Annual report on the Civil Veterinary Department, Burma (including the Insein Veterinary School) - 1923-1931
Year: 1923
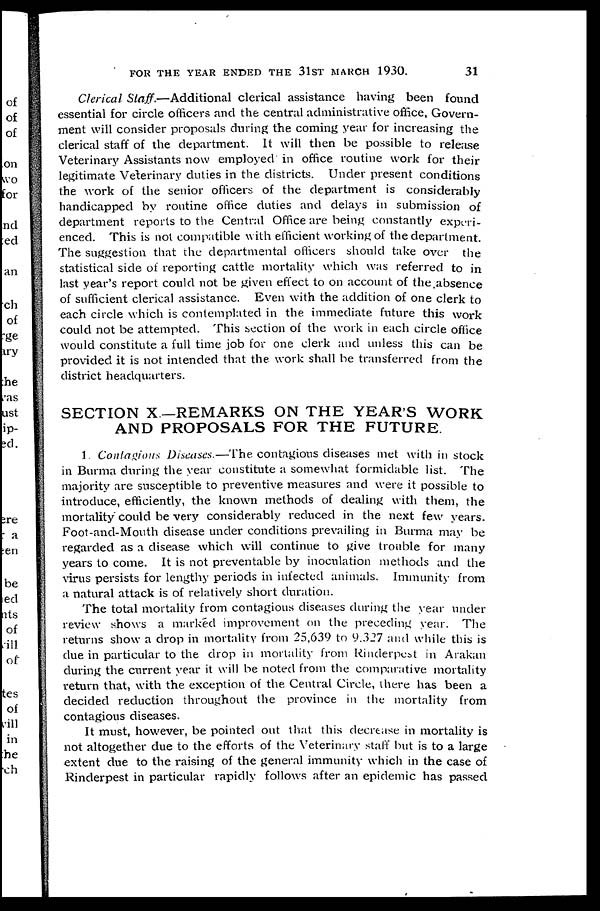
FOR THE YEAR ENDED THE 31ST MARCH 1930.
31
Clerical Staff.—Additional
clerical assistance having been found
essential for circle officers and the central administrative office, Govern-
ment will consider proposals during the coming year for increasing the
clerical staff of the department. It will then be possible to release
Veterinary Assistants now employed in office routine work for their
legitimate Veterinary duties in the. districts. Under present conditions
the work of the senior officers of the department is considerably
handicapped by routine office duties and delays in submission of
department reports to the Central Office are being constantly experi-
enced. This is not compatible with efficient working of the department.
The suggestion that the departmental officers should take over the
statistical side of reporting cattle mortality which was referred to in
last year's report could not be given effect to on account of the absence
of sufficient clerical assistance. Even with the addition of one clerk to
each circle which is contemplated in the immediate future this work
could not be attempted. This section of the work in each circle office
would constitute a full time job for one clerk and unless this can be
provided it is not intended that the work shall be transferred from the
district headquarters.
SECTION X —REMARKS ON THE YEAR'S WORK
AND PROPOSALS FOR THE FUTURE.
1. Contagious Diseases.—The contagious diseases met with in stock
in Burma during the year constitute a somewhat formidable list. The
majority are susceptible to preventive measures and were it possible to
introduce, efficiently, the known methods of dealing with them, the
mortality could be very considerably reduced in the next few years.
Foot-and-Mouth disease under conditions prevailing in Burma may be
regarded as a disease which will continue to give trouble for many
years to come. It is not preventable by inoculation methods and the
virus persists for lengthy periods in infected animals. Immunity from
a natural attack is of relatively short duration.
The total mortality from contagious diseases during the year under
review shows a marked improvement on the preceding year. The
returns show a drop in mortality from 25,639 to 9.327 and while this is
due in particular to the drop in mortality from Rinderpest in Arakan
during the current year it will be noted from the comparative mortality
return that, with the exception of the Central Circle, there has been a
decided reduction throughout the province in the mortality from
contagious diseases.
It must, however, be pointed out that this decrease in mortality is
not altogether due to the efforts of the Veterinary staff but is to a large
extent due to the raising of the general immunity which in the case of
Rinderpest in particular rapidly follows after an epidemic has passed